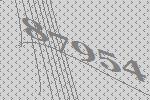
87954